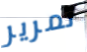
تمرير